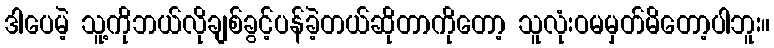
ဒါပေမဲ့ သူ့ကိုဘယ်လိုချစ်ခွင့်ပန်ခဲ့တယ်ဆိုတာကိုတော့ သူလုံးဝမမှတ်မိတော့ပါဘူး။